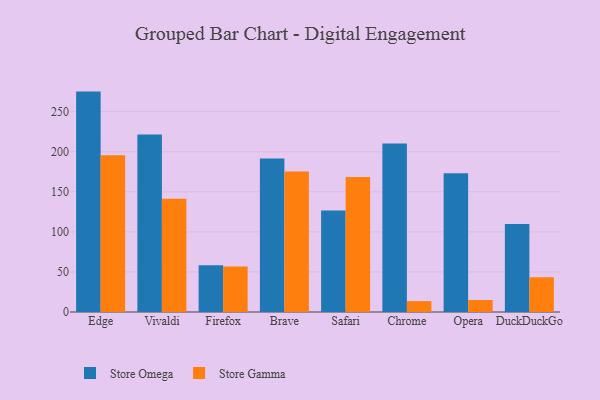
{"axis": {"x": "Browser", "y": "Page Views"}, "legend": ["Store Gamma", "Store Omega"], "data": [{"x": "Edge", "y": 275.1, "type": "Store Omega"}, {"x": "Edge", "y": 195.7, "type": "Store Gamma"}, {"x": "Vivaldi", "y": 221.5, "type": "Store Omega"}, {"x": "Vivaldi", "y": 141.4, "type": "Store Gamma"}, {"x": "Firefox", "y": 58.4, "type": "Store Omega"}, {"x": "Firefox", "y": 56.8, "type": "Store Gamma"}, {"x": "Brave", "y": 191.5, "type": "Store Omega"}, {"x": "Brave", "y": 175.5, "type": "Store Gamma"}, {"x": "Safari", "y": 126.8, "type": "Store Omega"}, {"x": "Safari", "y": 168.4, "type": "Store Gamma"}, {"x": "Chrome", "y": 210.2, "type": "Store Omega"}, {"x": "Chrome", "y": 13.6, "type": "Store Gamma"}, {"x": "Opera", "y": 173.2, "type": "Store Omega"}, {"x": "Opera", "y": 15.0, "type": "Store Gamma"}, {"x": "DuckDuckGo", "y": 109.8, "type": "Store Omega"}, {"x": "DuckDuckGo", "y": 43.4, "type": "Store Gamma"}]}